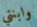
وابنتي